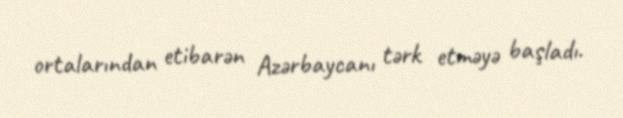
ortalarından etibarən Azərbaycanı tərk etməyə başladı.